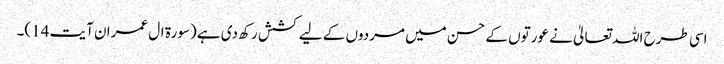
اسی طرح اللہ تعالیٰ نے عورتوں کے حسن میں مردوں کے لیے کشش رکھ دی ہے (سورۃ ال عمران آیت 14)۔